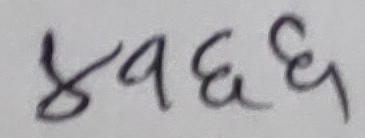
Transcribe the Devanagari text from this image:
४१८६